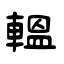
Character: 輼